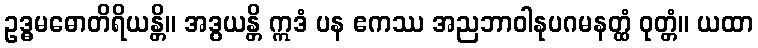
ဥဒ္ဓမဓောတိရိယန္တိ။ အဒွယန္တိ ဣဒံ ပန ဧကဿ အညဘာဝါနုပဂမနတ္ထံ ဝုတ္တံ။ ယထာ